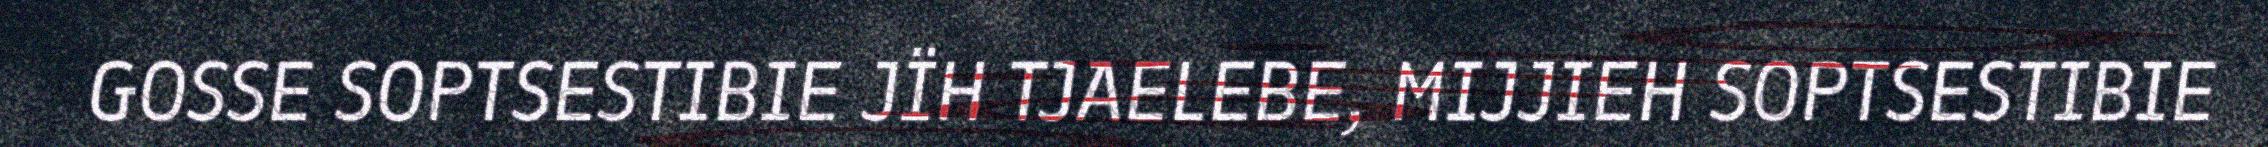
GOSSE SOPTSESTIBIE JÏH TJAELEBE, MIJJIEH SOPTSESTIBIE